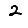
Digit: 2